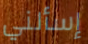
إسألني